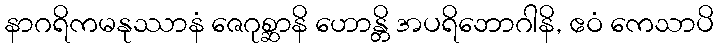
နာဂရိကမနုဿာနံ ဇေဂုစ္ဆာနိ ဟောန္တိ အပရိဘောဂါနိ, ဧဝံ ကေသာပိ